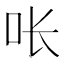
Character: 𭇉